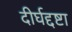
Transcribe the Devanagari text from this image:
दीर्घद्दष्टा